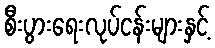
စီးပွားရေးလုပ်ငန်းများနှင့်